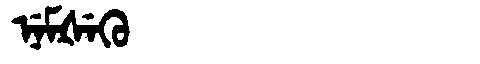
Manchu: ᠨᡝᠮᡧᡝᡴᡠ
Romanization: NEMŠEKU